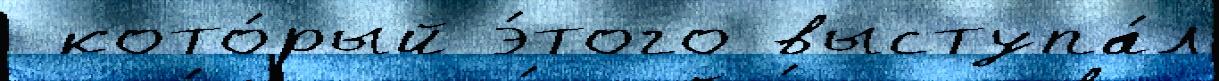
 кото́рый э́того выступа́л